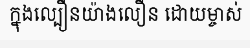
ក្នុងល្បឿនយ៉ាងលឿន ដោយម្ចាស់